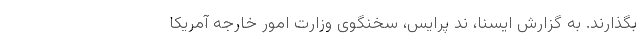
بگذارند. به گزارش ایسنا، ند پرایس، سخنگوی وزارت امور خارجه آمریکا